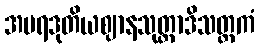
အပရဒုတိယဈာနသုတ္တာဒိသတ္တကံ